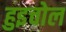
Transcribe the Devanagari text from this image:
हुइचोल